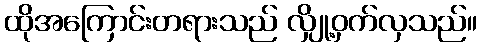
ထိုအကြောင်းတရားသည် လျှို့ဝှက်လှသည်။